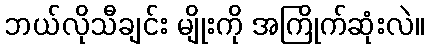
ဘယ်လိုသီချင်း မျိုးကို အကြိုက်ဆုံးလဲ။